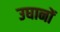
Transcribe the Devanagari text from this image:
उघानों